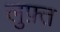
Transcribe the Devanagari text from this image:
लुफ़्त